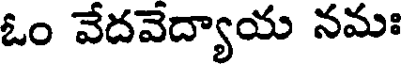
ఓం వేదవేద్యాయ నమః